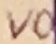
Text: VO